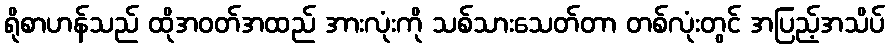
ရိုစာဟန်သည် ထိုအဝတ်အထည် အားလုံးကို သစ်သားသေတ်တာ တစ်လုံးတွင် အပြည့်အသိပ်